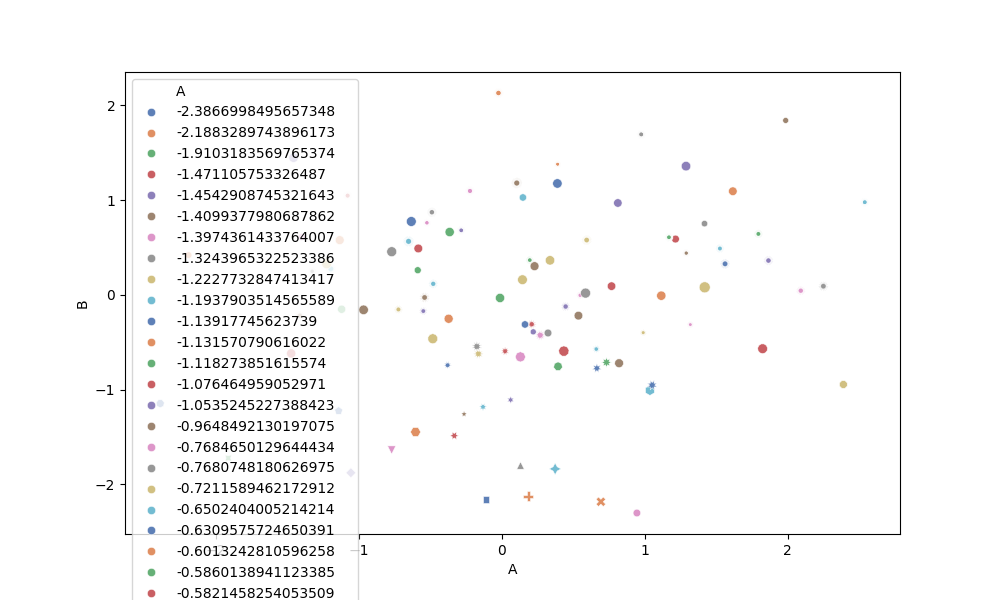
python, seaborn, scatterplot, hue='A', style='B', size='C', palette='deep', alpha=0.9